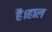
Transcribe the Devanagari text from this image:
हैं।हाल